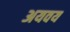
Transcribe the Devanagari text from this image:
अयवय